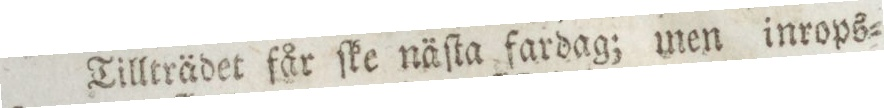
Tillträdet får ſke näſta fardag; men inrops=